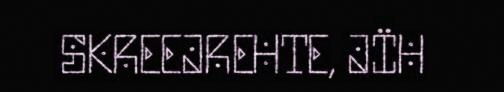
SKREEJREHTE, JÏH